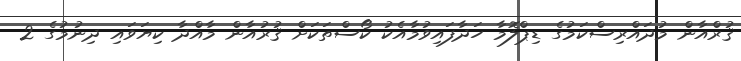
ޤުރްއާން މުދައްރިސްކަމުގެ ޑިޕްލޮމާ ހަދާފައިވުމާއެކު ކޯސްތަކަށް ޤުރުއާން މާއްދާ ކިޔަވައި ދިނުމުގެ 2